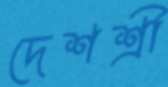
দেশশ্রী